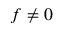
f \neq 0